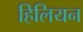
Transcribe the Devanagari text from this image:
हिलियन